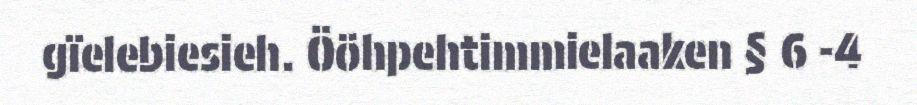
gïelebiesieh. Ööhpehtimmielaaken § 6 -4